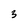
Character: 3